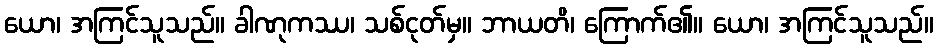
ယော၊ အကြင်သူသည်။ ခါဏုကဿ၊ သစ်ငုတ်မှ။ ဘာယတိ၊ ကြောက်၏။ ယော၊ အကြင်သူသည်။